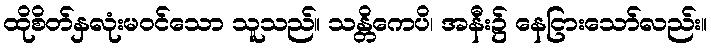
ထိုစိတ်နှလုံးမဝင်သော သူသည်။ သန္တိကေပိ၊ အနီး၌ နေငြားသော်လည်း။